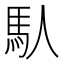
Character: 𩡮